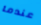
عندما